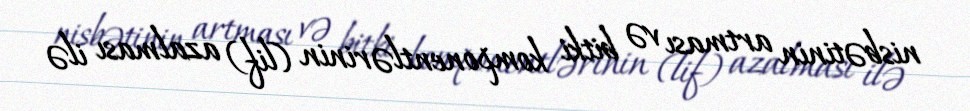
nisbətinin artması və bitki komponentlərinin (lif) azalması ilə